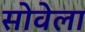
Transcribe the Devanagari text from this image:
सोवेला